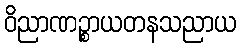
ဝိညာဏဉ္စာယတနသညာယ